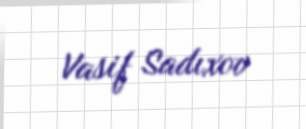
Vasif Sadıxov